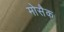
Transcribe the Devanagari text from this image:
मोसैक